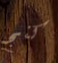
كنج